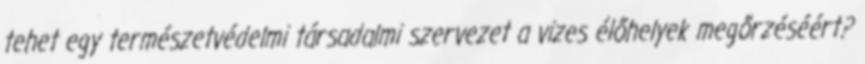
tehet egy természetvédelmi társadalmi szervezet a vizes élőhelyek megőrzéséért?